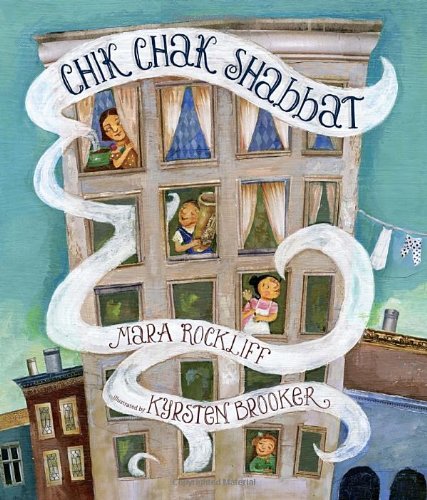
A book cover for Chik Chak Shabbat; Mara Rockliff; Children's Books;